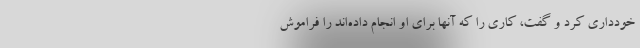
خودداری کرد و گفت، کاری را که آنها برای او انجام داده‌اند را فراموش